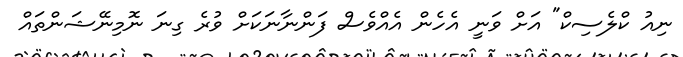
ނިއު ކްލެސިކް" އަށް ވަނީ އެހެން އެއްވެސް ފަންނާނަކަށް ވުރެ ގިނަ ނޮމިނޭޝަންތައް